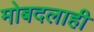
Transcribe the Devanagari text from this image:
मोबदलाही